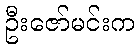
ဦးဇော်မင်းက